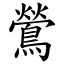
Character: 鶯